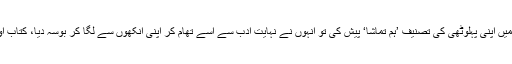
یوسفی صاحب سے پہلی ملاقات میں جب ہم نے ان کی خدمت میں اپنی پہلوٹھی کی تصنیف ’ہم تماشا‘ پیش کی تو انہوں نے نہایت ادب سے اسے تھام کر اپنی انکھوں سے لگا کر بوسہ دیا، کتاب اور لفظ کی ایسی تقدیس، جھرجھری دوڑ گئ ہمارے وجود میں۔